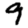
Digit: 9